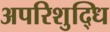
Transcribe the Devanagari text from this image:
अपरिशुद्धि